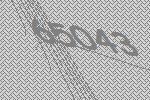
65043